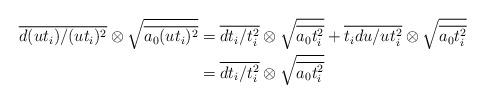
LaTeX: \begin{align*}\overline{d(ut_{i})/(ut_{i})^{2}}\otimes \sqrt{\overline{a_{0}(ut_{i})^{2}}}&=\overline{dt_{i}/t_{i}^{2}}\otimes \sqrt{\overline{a_{0}t_{i}^{2}}}+\overline{t_{i}du/ut_{i}^{2}}\otimes \sqrt{\overline{a_{0}t_{i}^{2}}} \\&=\overline{dt_{i}/t_{i}^{2}}\otimes \sqrt{\overline{a_{0}t_{i}^{2}}} \end{align*}